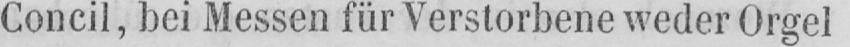
Concil, bei Messen für Verstorbene weder Orgel